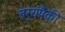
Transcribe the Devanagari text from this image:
बर्‍यपैकी